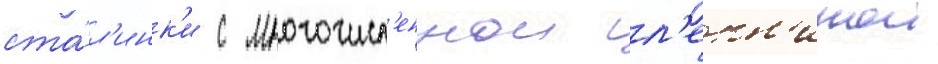
ста́л'инк'и с многочисл'еннои л'епн'инои